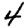
Digit: 4